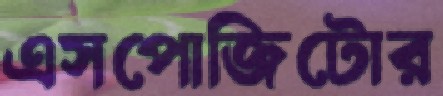
এসপোজিটোর